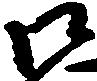
御